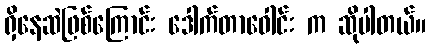
ရှိနေဆဲဖြစ်ကြောင်း ဒေါက်တာဝေါင်း က ဆိုပါတယ်။